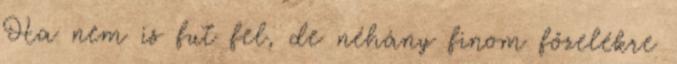
Ha nem is fut fel, de néhány finom főzelékre